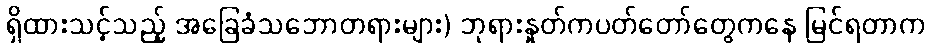
ရှိထားသင့်သည့် အခြေခံသဘောတရားများ) ဘုရားနှုတ်ကပတ်တော်တွေကနေ မြင်ရတာက